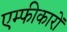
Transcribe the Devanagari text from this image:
एम्फीकारों